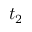
t _ { 2 }